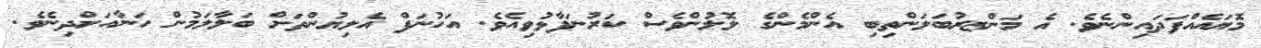
މޮޔައެއްފަދައިންނެވެ. އެ މަންޒރުބަލަންތިބި އެންމެންގެ ލޮލުންވެސް ކަރުނަފާޅުވިއެވެ. އަހުނަފް އެލިޔުންތަށް ބަލާލަމުން ހަނާއަށްދިނެވެ.